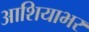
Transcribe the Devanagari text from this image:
आशियाभर